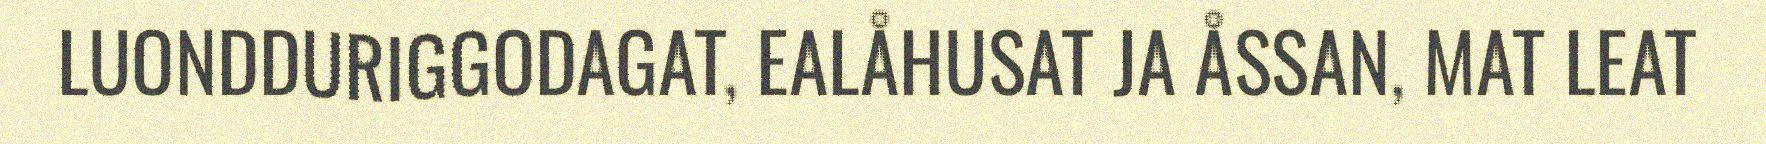
LUONDDURIGGODAGAT, EALÅHUSAT JA ÅSSAN, MAT LEAT